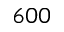
6 0 0